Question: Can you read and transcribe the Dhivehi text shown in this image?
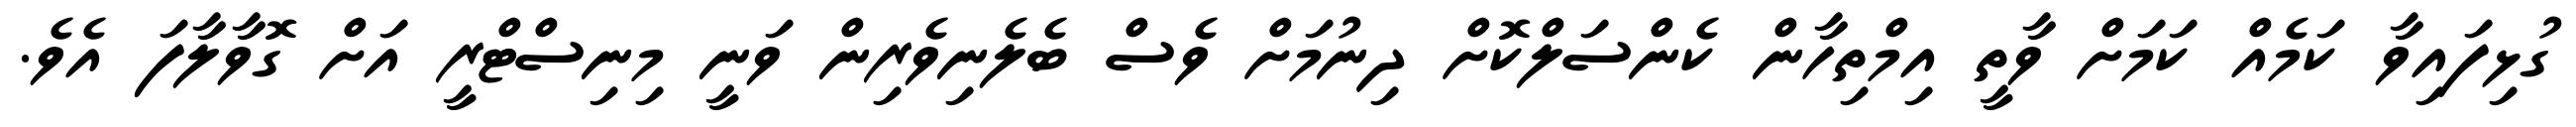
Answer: ގުޅިފައިވާ ކަމެއް ކަމަށް ވާތީ އިމްތިހާން ކެންސަލްކޮށް ދިނުމަށް ވެސް ބެލެނިވެރިން ވަނީ މިނިސްޓްރީ އަށް ގޮވާލާފަ އެވެ.